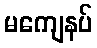
မကျေနပ်